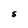
Character: s